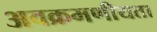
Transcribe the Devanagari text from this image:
अवक्रमणीयता